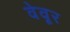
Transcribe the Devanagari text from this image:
वेवूर